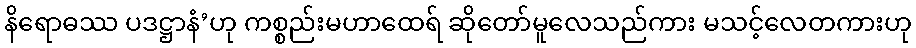
နိရောဓဿ ပဒဋ္ဌာနံ’ဟု ကစ္စည်းမဟာထေရ် ဆိုတော်မူလေသည်ကား မသင့်လေတကားဟု